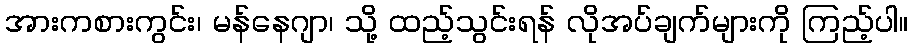
အားကစားကွင်း၊ မန်နေဂျာ၊ သို့ ထည့်သွင်းရန် လိုအပ်ချက်များကို ကြည့်ပါ။